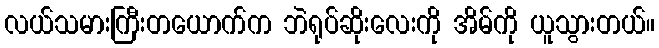
လယ်သမားကြီးတယောက်က ဘဲရုပ်ဆိုးလေးကို အိမ်ကို ယူသွားတယ်။